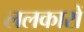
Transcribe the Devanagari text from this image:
ललकारों